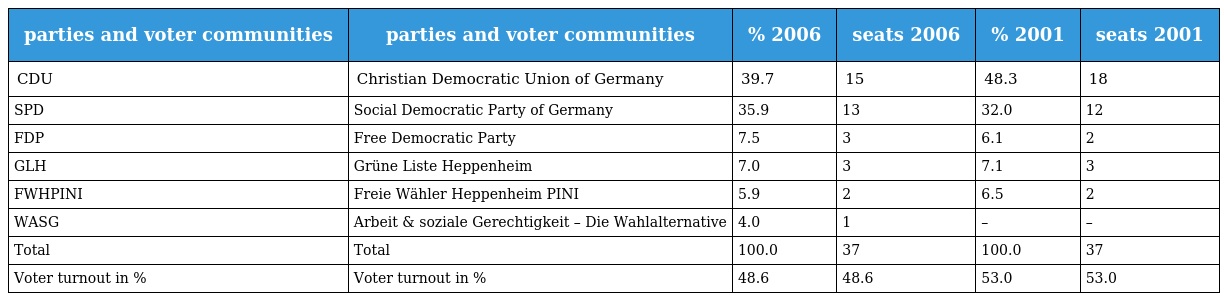
| parties and voter communities | parties and voter communities | % 2006 | seats 2006 | % 2001 | seats 2001 |
 | --- | --- | --- | --- | --- | --- |
 | CDU | Christian Democratic Union of Germany | 39.7 | 15 | 48.3 | 18 |
 | SPD | Social Democratic Party of Germany | 35.9 | 13 | 32.0 | 12 |
 | FDP | Free Democratic Party | 7.5 | 3 | 6.1 | 2 |
 | GLH | Grüne Liste Heppenheim | 7.0 | 3 | 7.1 | 3 |
 | FWHPINI | Freie Wähler Heppenheim PINI | 5.9 | 2 | 6.5 | 2 |
 | WASG | Arbeit & soziale Gerechtigkeit – Die Wahlalternative | 4.0 | 1 | – | – |
 | Total | Total | 100.0 | 37 | 100.0 | 37 |
 | Voter turnout in % | Voter turnout in % | 48.6 | 48.6 | 53.0 | 53.0 |